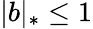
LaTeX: |b|_{*}\leq 1